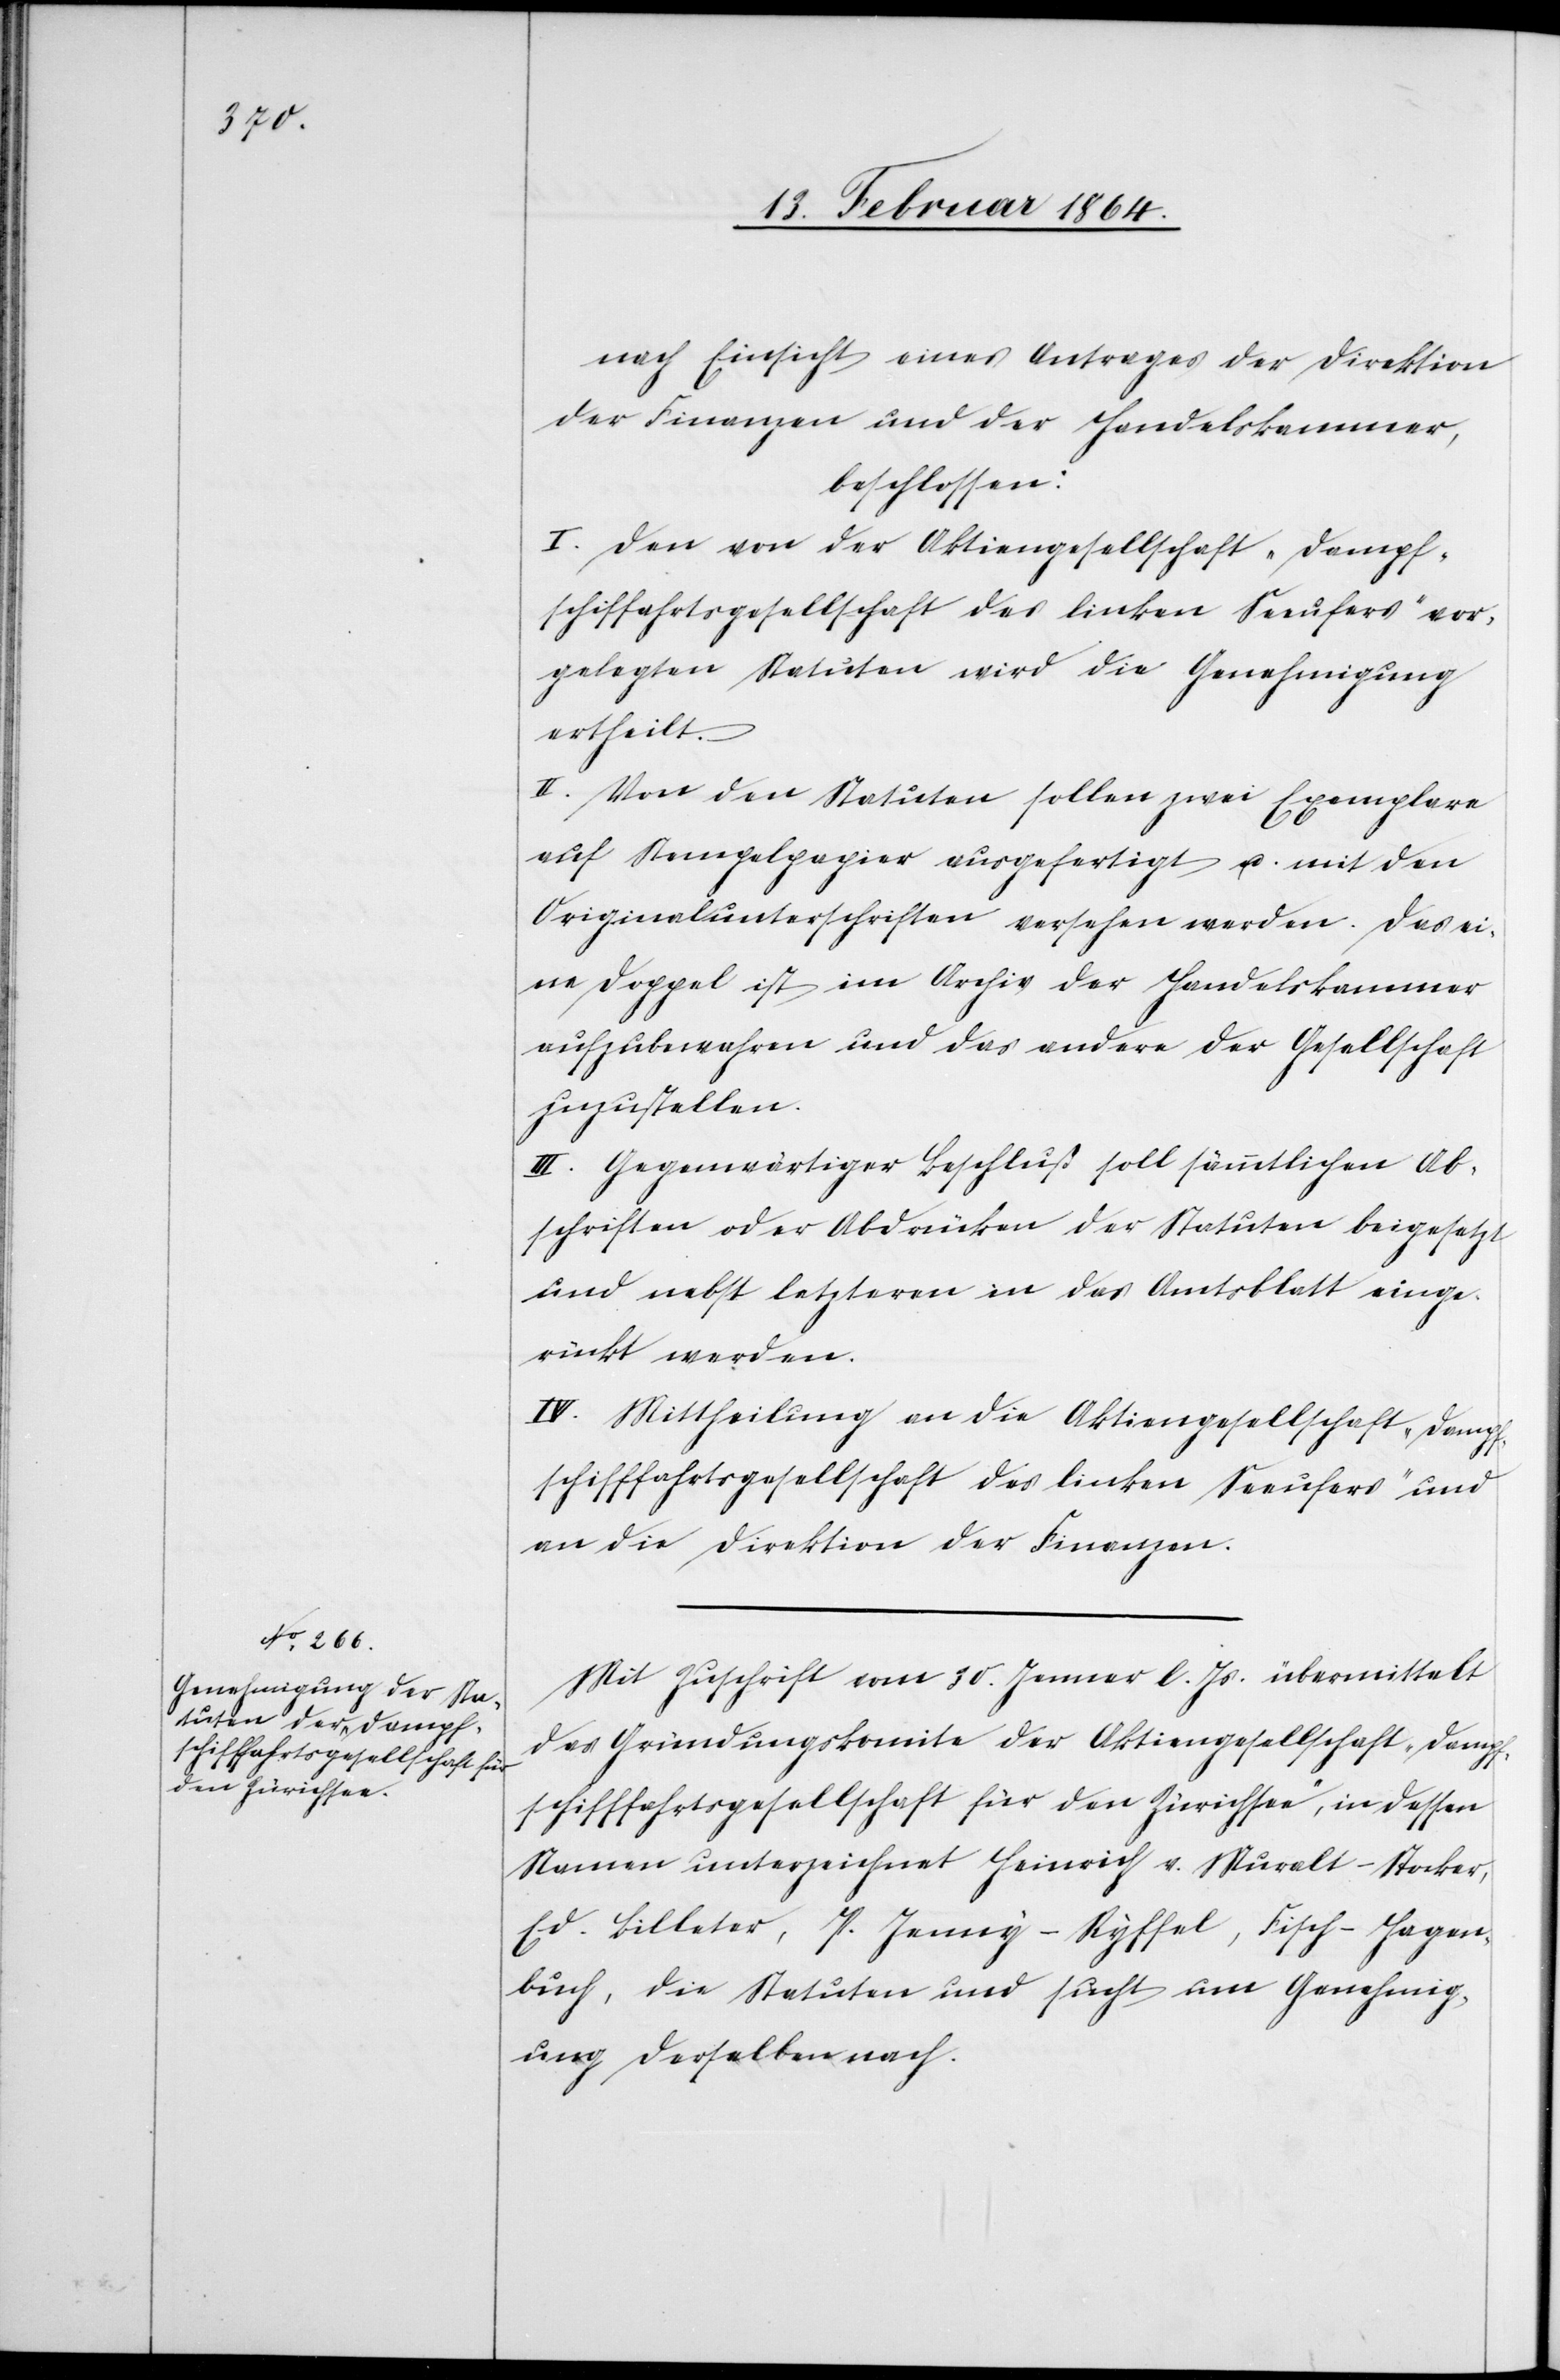
nach Einsicht eines Antrages der Direktion
der Finanzen und der Handelskammer,
beschlossen:
I. Den von der Aktiengesellschaft „Dampf¬
schiffahrtsgesellschaft des linken Seeufers“ vor¬
gelegten Statuten wird die Genehmigung
ertheilt.
II. Von den Statuten sollen zwei Exemplare
auf Stempelpapier ausgefertigt u. mit den
Originalunterschriften versehen werden. Das ei¬
ne Doppel ist im Archiv der Handelskammer
aufzubewahren und das andere der Gesellschaft
zuzustellen.
III. Gegenwärtiger Beschluß soll sämmtlichen Ab¬
schriften oder Abdrücken der Statuten beigesetzt
und nebst letzteren in das Amtsblatt einge¬
rückt werden.
IV. Mittheilung an die Aktiengesellschaft „Dampf¬
schifffahrtsgesellschaft des linken Seeufers“ und
an die Direktion der Finanzen.
Mit Zuschrift vom 30. Januar l. Js. übermittelt
das Gründungskomite der Aktiengesellschaft „Dampf¬
schifffahrtsgesellschaft für den Zürichsee“, in dessen
Namen unterzeichnet Heinrich v. Muralt-Stocker,
Ed. Billeter, P. Jenny-Ryffel, Fisch-Hagen¬
buch, die Statuten und sucht um Genehmig¬
ung derselben nach.